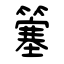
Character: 簺